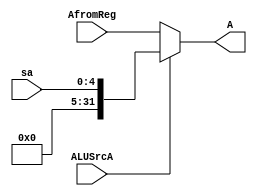
`timescale 1ns / 1ps
//////////////////////////////////////////////////////////////////////////////////
// Company: 
// Engineer: 
// 
// Design Name: 
// Module Name: Mux3
// Project Name: 
// Target Devices: 
// Tool Versions: 
// Description: 
// 
// Dependencies: 
// 
// Revision:
// Revision 0.01 - File Created
// Additional Comments:
// 
//////////////////////////////////////////////////////////////////////////////////


module Mux3(
    input[31:0] AfromReg,
    input[4:0] sa,
    input ALUSrcA,
    output[31:0]A
    );
    assign A = (ALUSrcA == 1'b0)? AfromReg:{27'b0,sa};
endmodule